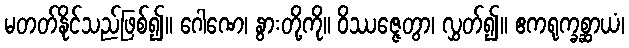
မတတ်နိုင်သည်ဖြစ်၍။ ဂေါဏေ၊ နွားတို့ကို။ ဝိဿဇ္ဇေတွာ၊ လွှတ်၍။ ဧကရုက္ခစ္ဆာယံ၊